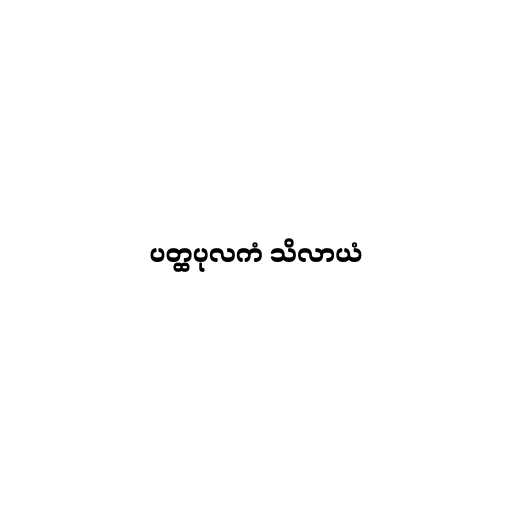
ပတ္ထပုလကံ သိလာယံ